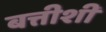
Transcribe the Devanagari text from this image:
बत्तीशी